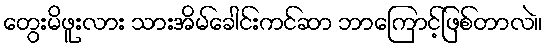
တွေးမိဖူးလား သားအိမ်ခေါင်းကင်ဆာ ဘာကြောင့်ဖြစ်တာလဲ။